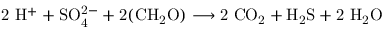
\mathrm { 2 \ H ^ { + } + S O _ { 4 } ^ { 2 - } + 2 ( C H _ { 2 } O ) \longrightarrow 2 \ C O _ { 2 } + H _ { 2 } S + 2 \ H _ { 2 } O }